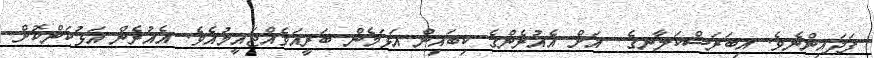
ފަދައިންނެވެ. އިބަރަސްކަލާނގެ  އަށް އެއުރެންގެ ކިބައިން އަޅަމެން ބަރީއަވެއްޖައީމުއެވެ. އެއުރެން އަޅުކަންކޮށް